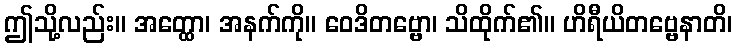
ဤသို့လည်း။ အတ္ထော၊ အနက်ကို။ ဝေဒိတဗ္ဗော၊ သိထိုက်၏။ ဟိရီယိတဗ္ဗေနာတိ၊